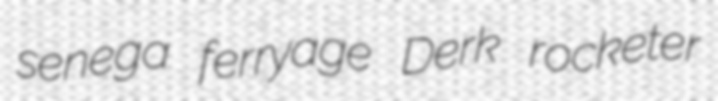
senega ferryage Derk rocketer